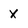
Character: X